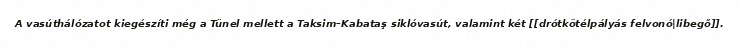
A vasúthálózatot kiegészíti még a Tünel mellett a Taksim–Kabataş siklóvasút, valamint két [[drótkötélpályás felvonó|libegő]].